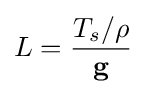
L={\frac {T_{s}/\rho }{\mathbf {g} }}